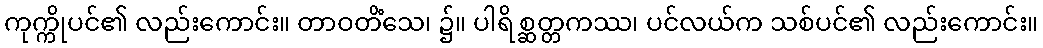
ကုက္ကိုပင်၏ လည်းကောင်း။ တာဝတိံသေ၊ ၌။ ပါရိစ္ဆတ္တကဿ၊ ပင်လယ်က သစ်ပင်၏ လည်းကောင်း။